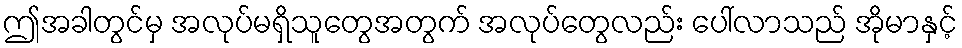
ဤအခါတွင်မှ အလုပ်မရှိသူတွေအတွက် အလုပ်တွေလည်း ပေါ်လာသည် အိုမာနှင့်